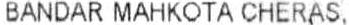
BANDAR MAHKOTA CHERAS,